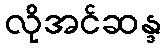
လိုအင်ဆန္ဒ